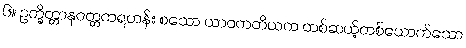
၆။ ဥက္ခိတ္တာနုဝတ္တကရဟန်း စသော ယာဝတတိယက တစ်ဆယ့်တစ်ယောက်သော